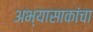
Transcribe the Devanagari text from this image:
अभ्यासाकांचा